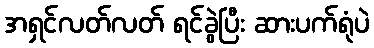
အရှင်လတ်လတ် ရင်ခွဲပြီး ဆားပက်ရုံပဲ